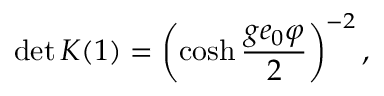
\operatorname * { d e t } { K } ( 1 ) = \left( \cosh \frac { g e _ { 0 } \varphi } { 2 } \right) ^ { - 2 } ,